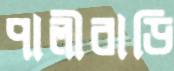
পালীবাড়ি